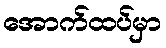
အောက်ထပ်မှာ